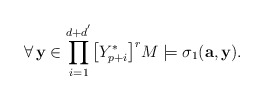
\begin{align*}\forall\,\mathbf{y}\in\displaystyle{\prod_{i=1}^{d+d^{'}}}\big{[}Y^{*}_{p+i}\big{]}^{r}M\models\sigma_1(\mathbf{a},\mathbf{y}).\end{align*}